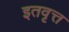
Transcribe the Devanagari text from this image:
इतवृत्त